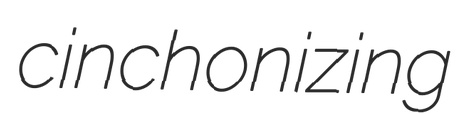
cinchonizing